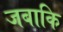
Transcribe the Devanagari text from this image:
जबाकि